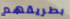
بطريقهم